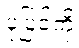
ပုံပြင်ကို